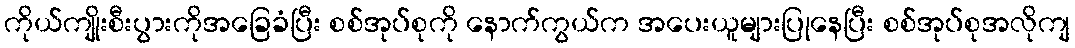
ကိုယ်ကျိုးစီးပွားကိုအခြေခံပြီး စစ်အုပ်စုကို နောက်ကွယ်က အပေးယူများပြုနေပြီး စစ်အုပ်စုအလိုကျ